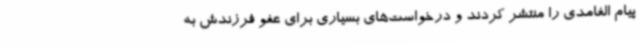
پیام الغامدی را منتشر کردند و درخواست‌های بسیاری برای عفو فرزندش به